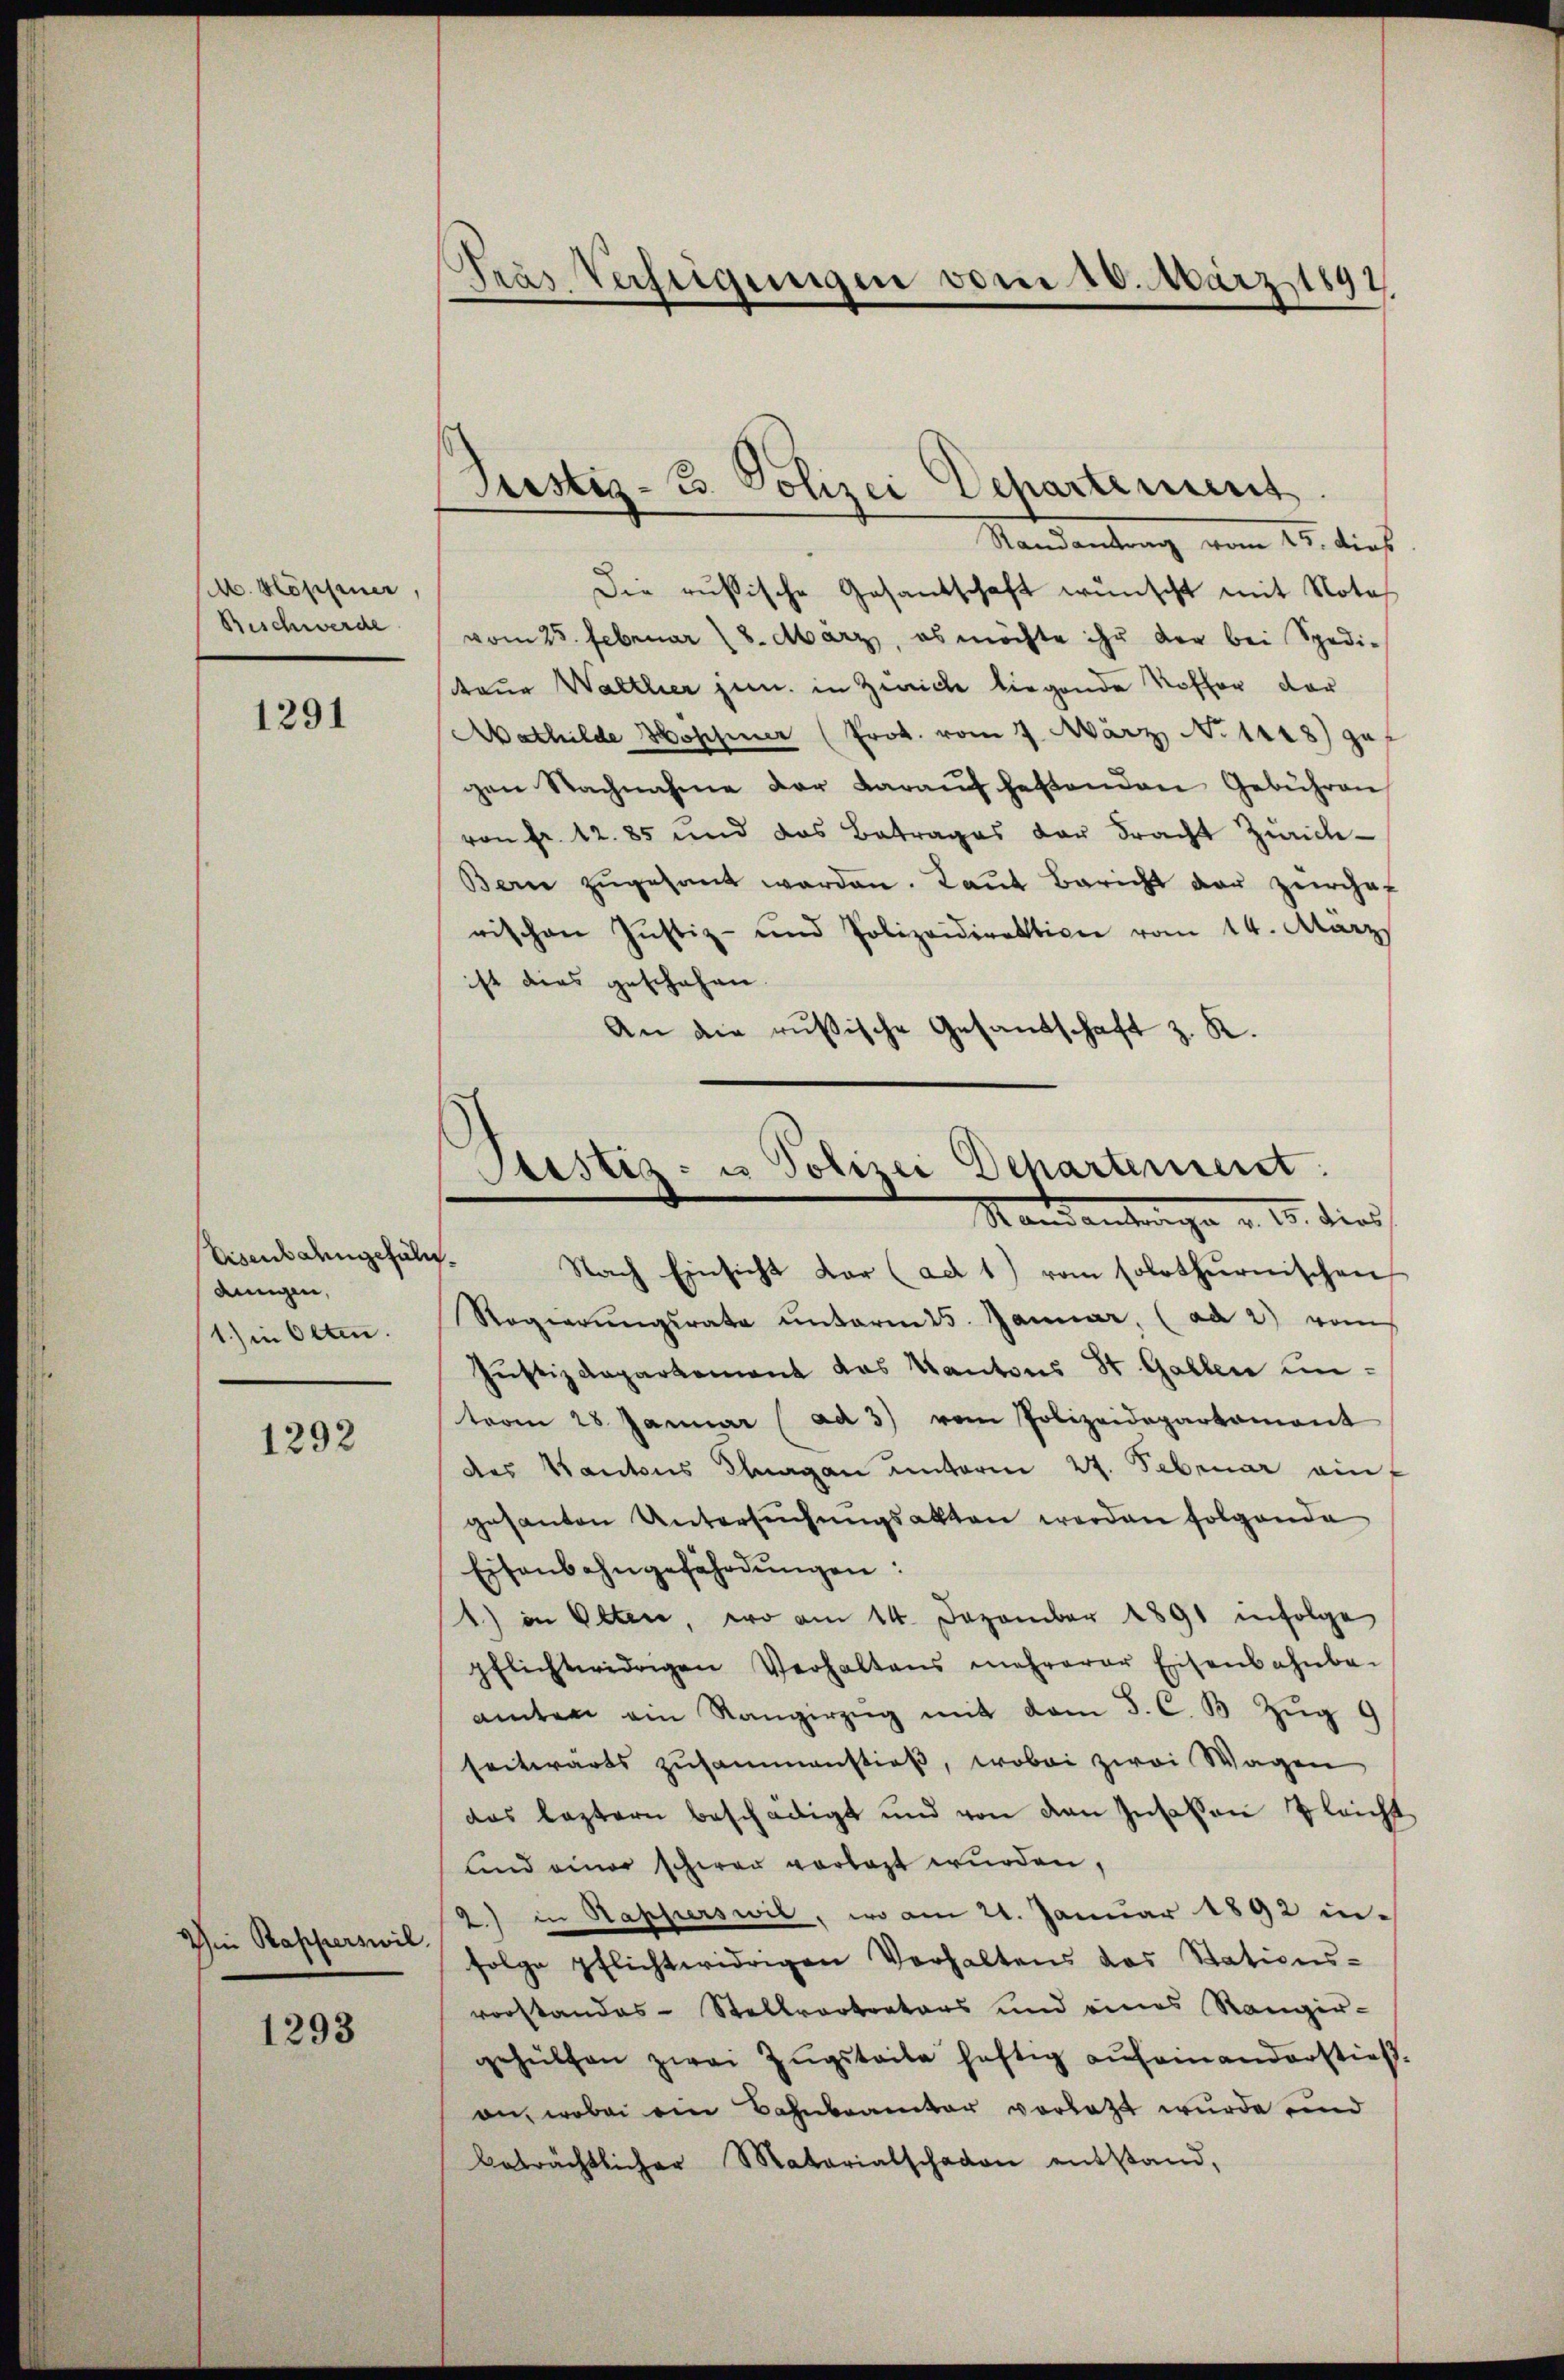
M. Köpfener
Beschwerde

1291

Eisenbahngefäldungen,
1.) in Olten.

1292

Iin Rapperswil
1293

Tras Verfeigungen vom 10. März 1892,

Justiz- B. Polizei Departement.
Randantrag vom 15. dies

Die russische Gesandschaft wünscht mit Notes
vom 25. Februar 18. März, es möchte ihr der bei Spedi-
teur Walthier jun. in Zwicke liegende Koffer der
Mathilde Hossner (Prok. vom 7. März, No 1418) gef
gen Nachnahme der daraŭf heftenden Gebühren
von Fr. 1285 und das Betrages der Fracht Zürich¬
Bern zŭgesant werden. Laut Bericht der zürche-
rischen Justiz- und Polizeidirektione vom 14. März
ist dies geschehen
An die russische Gesandschaft z. R.

Nach Einsicht dar (ad 1) vom solothurnischen
Regierŭngsrate ŭnterm 15. Januar, (ad 2) vom
Justizdepartement das Kantons St. Gallen unterm 28 Januar (ad 3) vom Polizeidepartament
des Kantons Thurgau unterm 27. Februar einf
gesanten Untersŭchŭngsakten werden folgende
Eisenbahngefährdungen:
1.) in Olten, wo am 14. Dezember 1891 infolge
pflichtwidrigen Verhaltens mehrerer Eisenbahnba-
amten ein Rangerzŭg mit dem J. C. B. Zŭg 9
seitwärts zusammenstieß, wobei zwei Wagen
das leztern beschädigt und von den Insaken gleicht
und einer schwer vorlast wurden,
2.) in Kapperswil, wo am 21. Januar 1892 in
folge pflichtwidrigen Verhaltens das Stations-
vorstandes-Stellvertreters und eines Rangir-
gehülfen zwei Zŭgstrite heftig aufeinandersties.
an, wobei ein Bahnbeamter vorletzt wurde und
beträchtlicher Materialschaden entstand,

Justiz- u Polizei Dehartement.
Stand antrage v. 15. dies